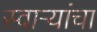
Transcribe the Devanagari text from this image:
स्वाऱ्यांचा